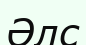
Әлс